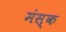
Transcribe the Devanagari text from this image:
मंस्क